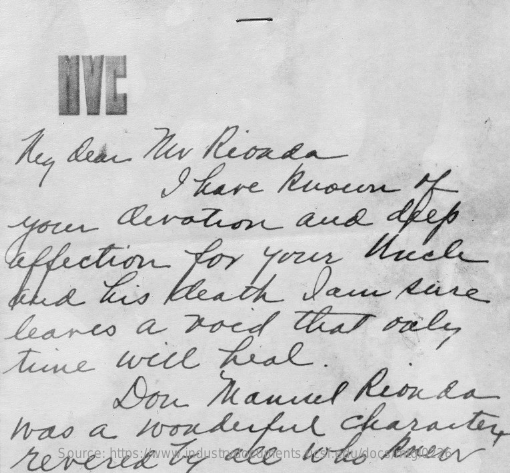
hey    dear    Mer    Rionda
     Ihave    known    If
  your    devotion    and    deep
  affection    for    your    niche
  liked    this    Heath    lam    Rive
  leares    a    voed    that    only
   tine    well    hial.
     Don    Manuel    Reonda
  was    a    wonderful    character
   revered    by    all    who    knew Source: https://www.industrydocuments.ucsf.edu/docs/mtgl0226